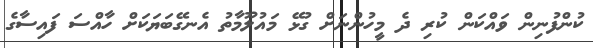
ކުންފުނިން ވައްކަން ކުރި ދެ މީހުންނަށް ގުޅޭ މައުލޫމާތު އެނގޭބަޔަކަށް ހާއްސަ ފައިސާގެ